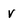
Character: v